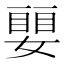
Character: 𡡜